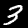
Digit: 3